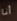
أنا